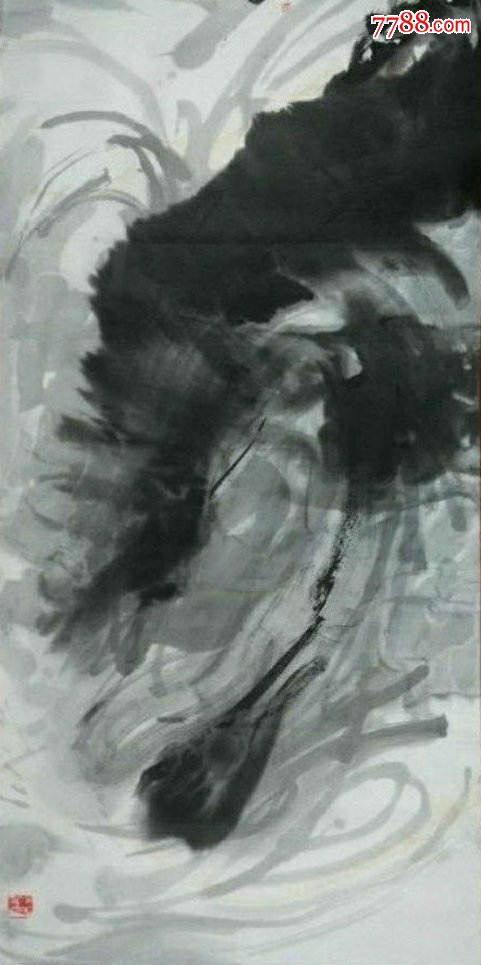
人间更有风涛险，翻说黄河是畏途。